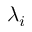
\lambda _ { i }